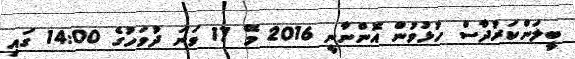
ބީލަންކަރުދާސް ހުޅުވުން އޮންނާނީ 2016 މޭ 17 ވަނަ ދުވަހުގެ 14:00 ގައި